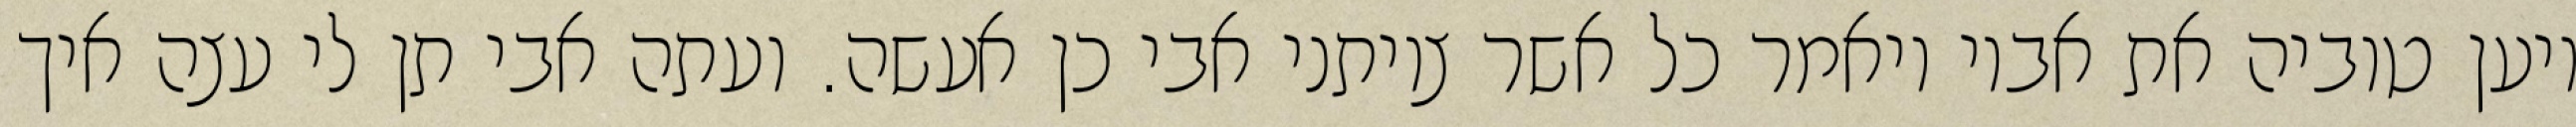
ויען טוביה את אביו ויאמר כל אשר צויתני אבי כן אעשה. ועתה אבי תן לי עצה איך